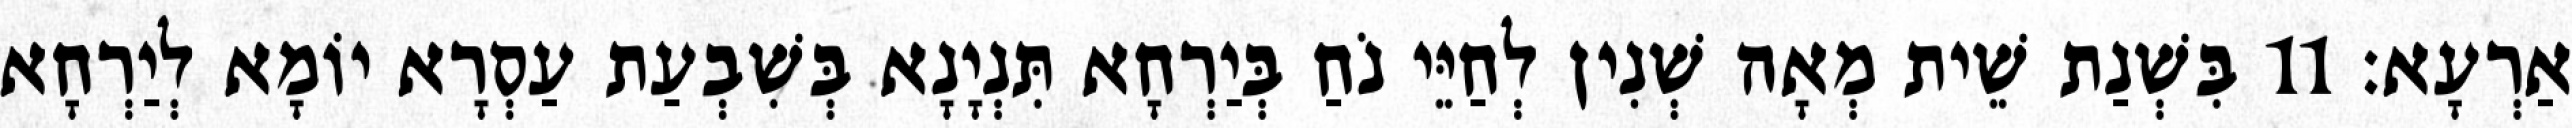
אַרְעָא׃ 11 בִּשְׁנַת שֵׁית מְאָה שְׁנִין לְחַיֵּי נֹחַ בְּיַרְחָא תִּנְיָנָא בְּשִׁבְעַת עַסְרָא יוֹמָא לְיַרְחָא